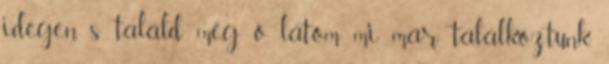
idegen, s találd meg ó, látom mi már találkoztunk.